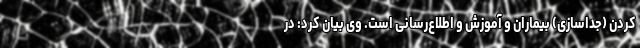
کردن (جداسازی) بیماران و آموزش و اطلاع‌رسانی است. وی بیان کرد: در